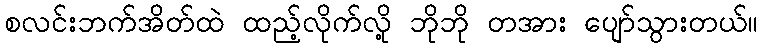
စလင်းဘက်အိတ်ထဲ ထည့်လိုက်လို့ ဘိုဘို တအား ပျော်သွားတယ်။